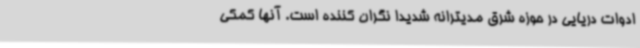
ادوات دریایی در حوزه شرق مدیترانه شدیدا نگران کننده است. آنها کمکی